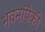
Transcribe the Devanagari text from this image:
भवनांपैकी